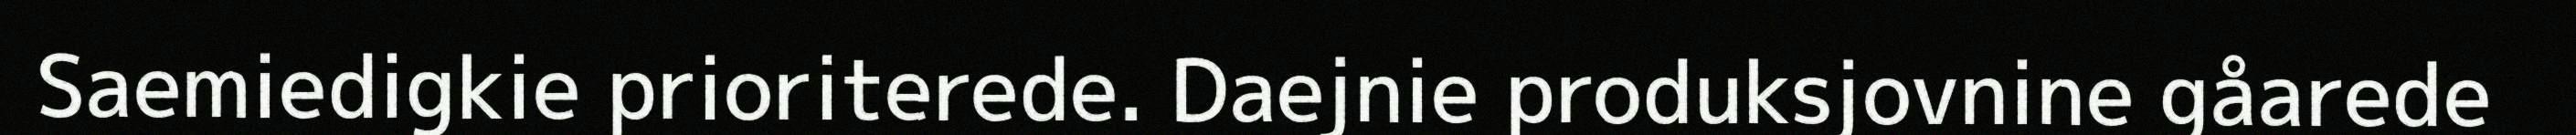
Saemiedigkie prioriterede. Daejnie produksjovnine gåarede